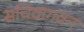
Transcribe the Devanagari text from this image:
सचिवागवन